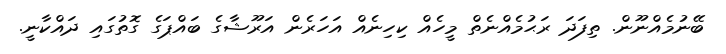
ބޭނުމެއްނޫން. ތިފަދަ ރަޙުމެއްނެތް މީހެއް ކިހިނެއް އަހަރެން އަރޫޝާގެ ބައްޕަގެ ގޮތުގައި ދައްކާނީ.